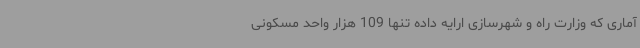
آماری که وزارت راه و شهرسازی ارایه داده تنها 109 هزار واحد مسکونی